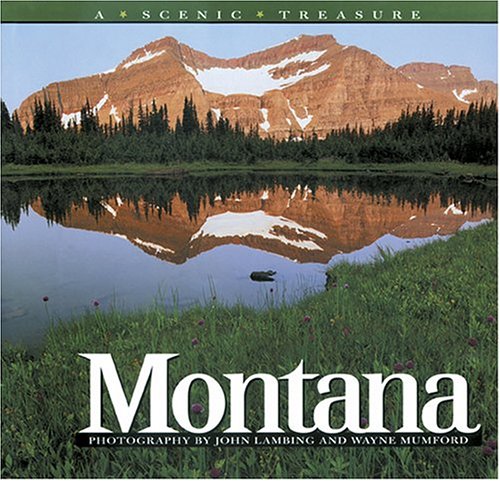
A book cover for Montana: A Scenic Treasure; photography by John H. Lambing; Travel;